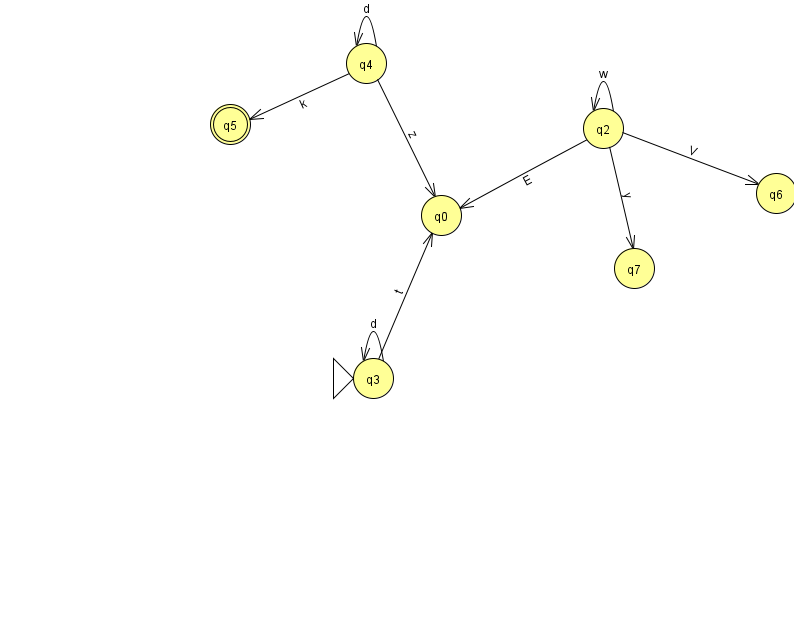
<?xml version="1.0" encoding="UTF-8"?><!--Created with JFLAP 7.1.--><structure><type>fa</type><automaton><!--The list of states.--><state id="0" name="q0"><x>441.0</x><y>202.0</y></state><state id="1" name="q1"><x>927.0</x><y>223.0</y></state><state id="2" name="q2"><x>603.0</x><y>115.0</y></state><state id="3" name="q3"><x>373.0</x><y>365.0</y><initial/></state><state id="4" name="q4"><x>366.0</x><y>50.0</y></state><state id="5" name="q5"><x>230.0</x><y>111.0</y><final/></state><state id="6" name="q6"><x>776.0</x><y>180.0</y></state><state id="7" name="q7"><x>634.0</x><y>255.0</y></state><!--The list of transitions.--><transition><from>3</from><to>0</to><read>t</read></transition><transition><from>4</from><to>0</to><read>z</read></transition><transition><from>2</from><to>6</to><read>V</read></transition><transition><from>3</from><to>3</to><read>d</read></transition><transition><from>4</from><to>4</to><read>d</read></transition><transition><from>4</from><to>5</to><read>k</read></transition><transition><from>2</from><to>2</to><read>w</read></transition><transition><from>1</from><to>6</to><read>X</read></transition><transition><from>1</from><to>1</to><read>O</read></transition><transition><from>2</from><to>0</to><read>E</read></transition><transition><from>2</from><to>7</to><read>y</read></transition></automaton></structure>